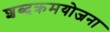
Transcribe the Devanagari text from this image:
शब्दक्रमयोजना